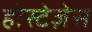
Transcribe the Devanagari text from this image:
होस्टेज़ेस